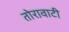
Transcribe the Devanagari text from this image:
तोरावाटी